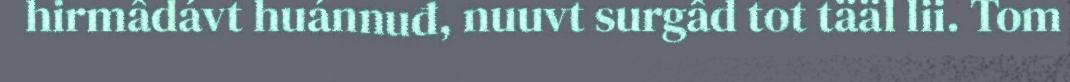
hirmâdávt huánnuđ, nuuvt surgâd tot tääl lii. Tom